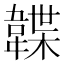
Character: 韘